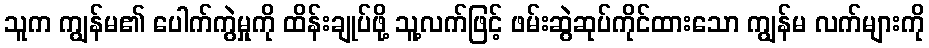
သူက ကျွန်မ၏ ပေါက်ကွဲမှုကို ထိန်းချုပ်ဖို့ သူ့လက်ဖြင့် ဖမ်းဆွဲဆုပ်ကိုင်ထားသော ကျွန်မ လက်များကို